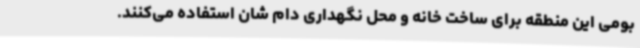
بومی این منطقه برای ساخت خانه و محل نگهداری دام شان استفاده می‌کنند.